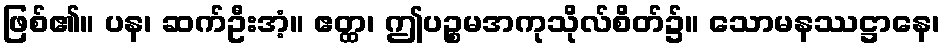
ဖြစ်၏။ ပန၊ ဆက်ဦးအံ့။ ဧတ္ထ၊ ဤပဉ္စမအကုသိုလ်စိတ်၌။ သောမနဿဋ္ဌာနေ၊